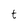
Character: t